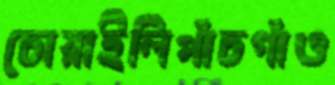
চোয়াইলিপাঁচগাঁও